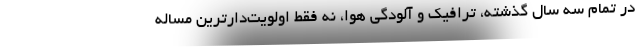
در تمام سه سال گذشته، ترافیک و آلودگی هوا، نه فقط اولویت‌دارترین مساله